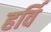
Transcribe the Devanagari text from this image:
हर्वि